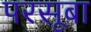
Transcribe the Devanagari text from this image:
परसूबा